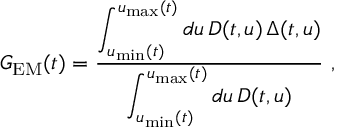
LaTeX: G _ { \mathrm { E M } } ( t ) = \frac { \displaystyle \int _ { u _ { \mathrm { m i n } } ( t ) } ^ { u _ { \mathrm { m a x } } ( t ) } d u \, D ( t , u ) \, \Delta ( t , u ) } { \displaystyle \int _ { u _ { \mathrm { m i n } } ( t ) } ^ { u _ { \mathrm { m a x } } ( t ) } d u \, D ( t , u ) } ~ ,